Indian journal of veterinary science and animal husbandry - Volume 14,
Year: 1944
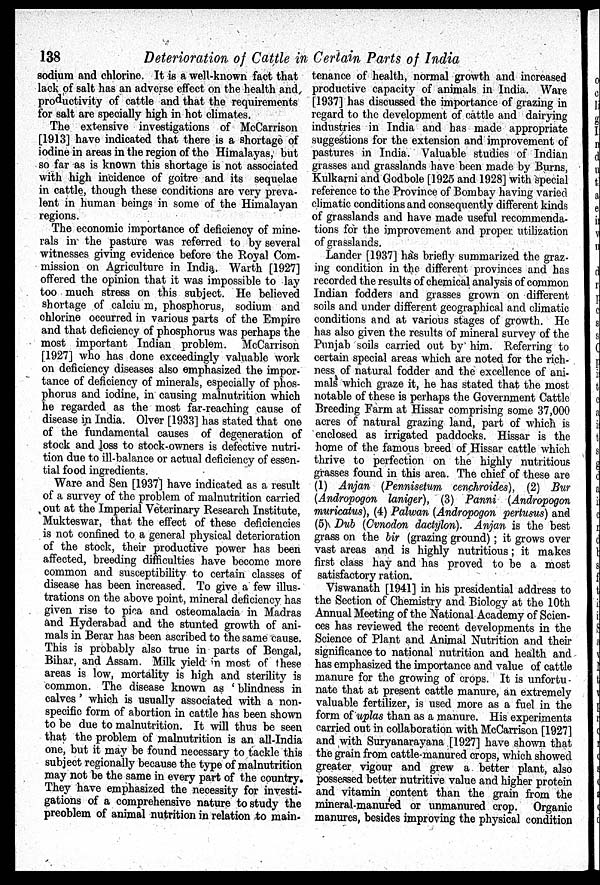
138
Deterioration of Cattle in Certain Parts of India
sodium and chlorine. It is a well-known fact that
lack of salt has an adverse effect on the health and
productivity of cattle and that the requirements
for salt are specially high in hot climates.
The extensive investigations of McCarrison
[1913] have indicated that there is a shortage of
iodine in areas in the region of the Himalayas, but
so far as is known this shortage is not associated
with high incidence of goitre and its sequelae
in cattle, though these conditions are very preva-
lent in human beings in some of the Himalayan
regions.
The economic importance of deficiency of mine-
rals in the pasture was referred to by several
witnesses giving evidence before the Royal Com-
mission on Agriculture in India. Warth [1927]
offered the opinion that it was impossible to lay
too much stress on this subject. He believed
shortage of calciu m, phosphorus, sodium and
chlorine occurred in various parts of the Empire
and that deficiency of phosphorus was perhaps the
most important Indian problem. McCarrison
[1927] who has done exceedingly valuable work
on deficiency diseases also emphasized the impor-
tance of deficiency of minerals, especially of phos-
phorus and iodine, in causing malnutrition which
he regarded as the most far-reaching cause of
disease in India. Olver [1933] has stated that one
of the fundamental causes of degeneration of
stock and loss to stock-owners is defective nutri-
tion due to ill-balance or actual deficiency of essen-
tial food ingredients.
Ware and Sen [1937] have indicated as a result
of a survey of the problem of malnutrition carried
out at the Imperial Veterinary Research Institute,
Mukteswar, that the effect of these deficiencies
is not confined to a general physical deterioration
of the stock, their productive power has been
affected, breeding difficulties have become more
common and susceptibility to certain classes of
disease has been increased. To give a few illus-
trations on the above point, mineral deficiency has
given rise to pica and osteomalacia in Madras
and Hyderabad and the stunted growth of ani-
mals in Berar has been ascribed to the same cause.
This is probably also true in parts of Bengal,
Bihar, and Assam. Milk yield in most of these
areas is low, mortality is high and sterility is
common. The disease known as 'blindness in
calves ' which is usually associated with a non-
specific form of abortion in cattle has been shown
to be due to malnutrition. It will thus be seen
that the problem of malnutrition is an all-India
one, but it may be found necessary to tackle this
subject regionally because the type of malnutrition
may not be the same in every part of the country.
They have emphasized the necessity for investi-
gations of a comprehensive nature to study the
preoblem of animal nutrition in relation to main-
tenance of health, normal growth and increased
productive capacity of animals in India. Ware
[1937] has discussed the importance of grazing in
regard to the development of cattle and dairying
industries in India and has made appropriate
suggestions for the extension and improvement of
pastures in India. Valuable studies of Indian
grasses and grasslands have been made by Burns,
Kulkarni and Godbole [1925 and 1928] with special
reference to the Province of Bombay having varied
climatic conditions and consequently different kinds
of grasslands and have made useful recommenda-
tions for the improvement and proper utilization
of grasslands.
Lander [1937] has briefly summarized the graz-
ing condition in the different provinces and has
recorded the results of chemical analysis of common
Indian fodders and grasses grown on different
soils and under different geographical and climatic
conditions and at various stages of growth. He
has also given the results of mineral survey of the
Punjab soils carried out by him. Referring to
certain special areas which are noted for the rich-
ness of natural fodder and the excellence of ani-
mals which graze it, he has stated that the most
notable of these is perhaps the Government Cattle
Breeding Farm at Hissar comprising some 37,000
acres of natural grazing land, part of which is
enclosed as irrigated paddocks. Hissar is the
home of the famous breed of Hissar cattle which
thrive to perfection on the highly nutritious
grasses found in this area. The chief of these are
(1) Anjan (Pennisetum cenchroides), (2) Bur
(Andropogon laniger), (3) Panni (Andropogon
muricatus ), (4) Palwan (Andropogon pertusus ) and
(5) Dub (Cvnodon dactylon). Anjan is the best
grass on the bir (grazing ground); it grows over
vast areas and is highly nutritious; it makes
first class hay and has proved to be a most
satisfactory ration.
Viswanath [1941] in his presidential address to
the Section of Chemistry and Biology at the 10th
Annual Meeting of the National Academy of Scien-
ces has reviewed the recent developments in the
Science of Plant and Animal Nutrition and their
significance to national nutrition and health and
has emphasized the importance and value of cattle
manure for the growing of crops. It is unfortu-
nate that at present cattle manure, an extremely
valuable fertilizer, is used more as a fuel in the
form of uplas than as a manure. His experiments
carried out in collaboration with McCarrison [1927]
and with Suryanarayana [1927] have shown that
the grain from cattle-manured crops, which showed
greater vigour and grew a better plant, also
possessed better nutritive value and higher protein
and vitamin content than the grain from the
mineral-manured or unmanured crop. Organic
manures, besides improving the physical condition